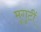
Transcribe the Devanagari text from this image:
मुगुटीं